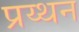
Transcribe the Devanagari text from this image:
प्रय्थन